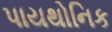
પાયથોનિક